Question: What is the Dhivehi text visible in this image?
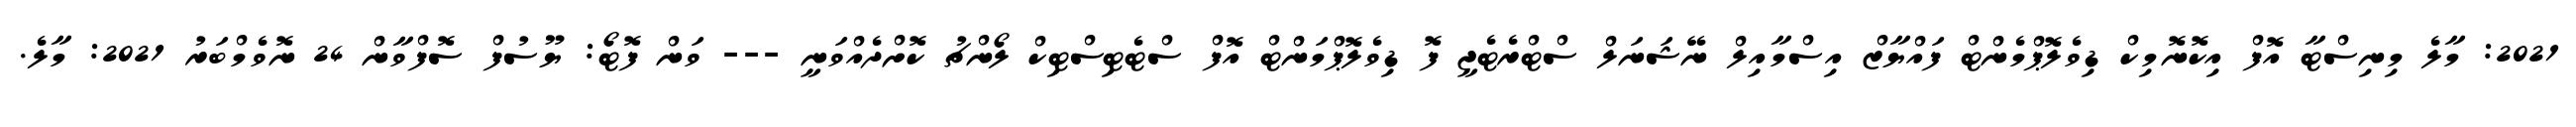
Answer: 2021: މާލެ މިނިސްޓާ އޮފް އިކޮނޮމިކް ޑިވެލޮޕްމެންޓް ފައްޔާޒް އިސްމާއިލް ނޭޝަނަލް ސްޓްރެޓެޖީ ފޮ ޑިވެލޮޕްމަންޓް އޮފް ސްޓެޓިސްޓިކް ލޯންޗު ކޮށްދެއްވަނީ --- ވަން ފޮޓޯ: ޔޫސުފް ސޮފްވާން 24 ނޮވެމްބަރު 2021: މާލެ.